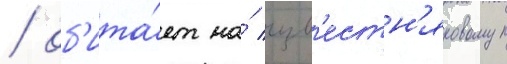
/ об'ита́ет на́ изв'естн'яковом